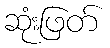
ဆုံးဖြတ်